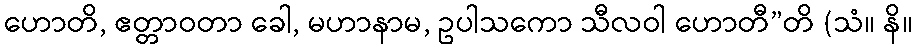
ဟောတိ, ဧတ္တာဝတာ ခေါ, မဟာနာမ, ဥပါသကော သီလဝါ ဟောတီ”တိ (သံ။ နိ။